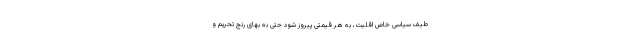
طیف سیاسی خاص اقلیت، به هر قیمتی پیروز شود حتی به بهای رنج تحریم و